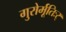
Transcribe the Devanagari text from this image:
गुरोर्मूतिःर्